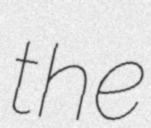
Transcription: the